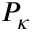
P _ { \kappa }